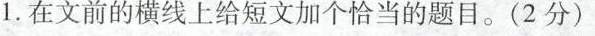
1.在文前的横线上给短文加个恰当的题目。(2分)